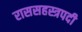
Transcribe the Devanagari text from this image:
राससहस्त्रपदी